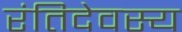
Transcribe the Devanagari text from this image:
रंतिदेवस्य